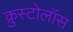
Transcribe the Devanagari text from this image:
क्रुस्टोलॉस